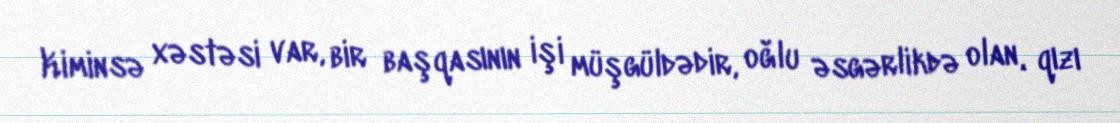
Kiminsə xəstəsi var, bir başqasının işi müşgüldədir, oğlu əsgərlikdə olan, qızı